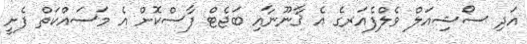
އަދި ސޯޝިއަލް ވެލްފެއަރގެ އެ ޤާނޫނާއި ބަޖެޓް ފާސްކޮށް އެ މަސައްކަތް ފެށީ